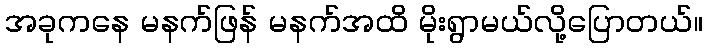
အခုကနေ မနက်ဖြန် မနက်အထိ မိုးရွာမယ်လို့ပြောတယ်။